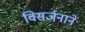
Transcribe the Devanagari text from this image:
विसर्जनाने